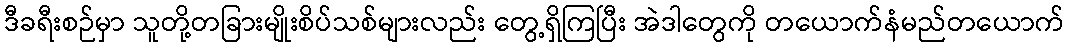
ဒီခရီးစဉ်မှာ သူတို့တခြားမျိုးစိပ်သစ်များလည်း တွေ့ရှိကြပြီး အဲဒါတွေကို တယောက်နံမည်တယောက်